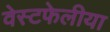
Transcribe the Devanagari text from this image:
वेस्टफेलीया